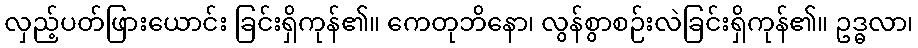
လှည့်ပတ်ဖြားယောင်း ခြင်းရှိကုန်၏။ ကေတုဘိနော၊ လွန်စွာစဉ်းလဲခြင်းရှိကုန်၏။ ဥဒ္ဓလာ၊